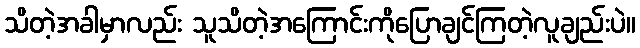
သိတဲ့အခါမှာလည်း သူသိတဲ့အကြောင်းကိုပြောချင်ကြတဲ့လူချည်းပဲ။